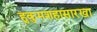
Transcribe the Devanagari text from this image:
हुकुमशहासारखा